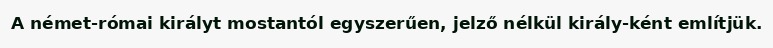
A német-római királyt mostantól egyszerűen, jelző nélkül király-ként említjük.